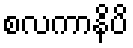
စလကာနိပိ